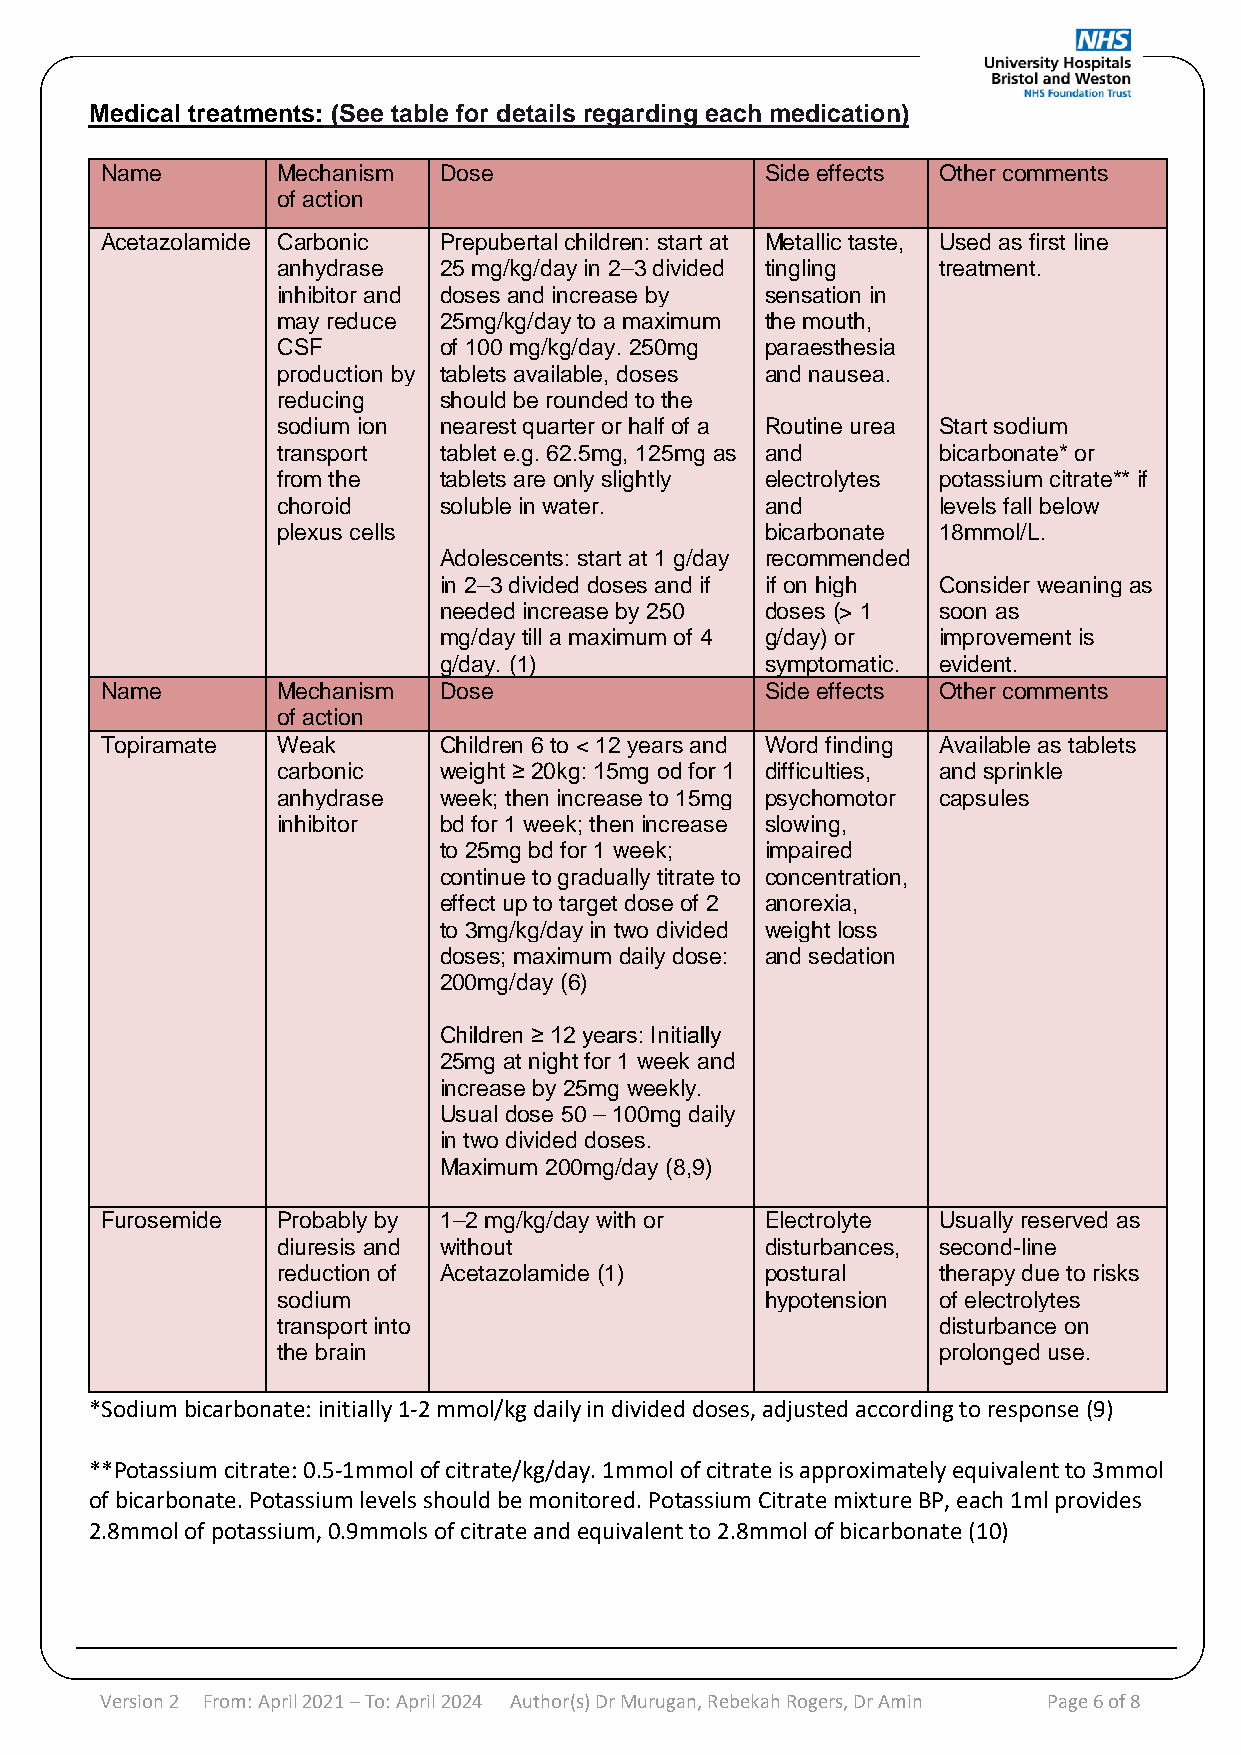
Medical treatments: (See table for details regarding each medication)
 Name       Mechanism  Dose                  Side effects Other comments
 of action
 Acetazolamide Carbonic Prepubertal children: start at Metallic taste, Used as first line
 anhydrase  25 mg/kg/day in 2–3 divided tingling treatment.
 inhibitor and doses and increase by sensation in
 may reduce 25mg/kg/day to a maximum the mouth,
 CSF        of 100 mg/kg/day. 250mg paraesthesia
 production by tablets available, doses and nausea.
 reducing   should be rounded to the
 sodium ion nearest quarter or half of a Routine urea Start sodium
 transport  tablet e.g. 62.5mg, 125mg as and bicarbonate* or
 from the   tablets are only slightly electrolytes potassium citrate** if
 choroid    soluble in water.     and        levels fall below
 plexus cells                     bicarbonate 18mmol/L.
 Adolescents: start at 1 g/day recommended
 in 2–3 divided doses and if if on high Consider weaning as
 needed increase by 250 doses (> 1 soon as
 mg/day till a maximum of 4 g/day) or improvement is
 g/day. (1)            symptomatic. evident.
 Name       Mechanism  Dose                  Side effects Other comments
 of action
 Topiramate Weak       Children 6 to < 12 years and Word finding Available as tablets
 carbonic   weight ≥ 20kg: 15mg od for 1 difficulties, and sprinkle
 anhydrase  week; then increase to 15mg psychomotor capsules
 inhibitor  bd for 1 week; then increase slowing,
 to 25mg bd for 1 week; impaired
 continue to gradually titrate to concentration,
 effect up to target dose of 2 anorexia,
 to 3mg/kg/day in two divided weight loss
 doses; maximum daily dose: and sedation
 200mg/day (6)
 Children ≥ 12 years: Initially
 25mg at night for 1 week and
 increase by 25mg weekly.
 Usual dose 50 – 100mg daily
 in two divided doses.
 Maximum 200mg/day (8,9)
 Furosemide Probably by 1–2 mg/kg/day with or Electrolyte Usually reserved as
 diuresis and without             disturbances, second-line
 reduction of Acetazolamide (1)   postural   therapy due to risks
 sodium                           hypotension of electrolytes
 transport into                              disturbance on
 the brain                                   prolonged use.
 *Sodium bicarbonate: initially 1-2 mmol/kg daily in divided doses, adjusted according to response (9)
 **Potassium citrate: 0.5-1mmol of citrate/kg/day. 1mmol of citrate is approximately equivalent to 3mmol
 of bicarbonate. Potassium levels should be monitored. Potassium Citrate mixture BP, each 1ml provides
 2.8mmol of potassium, 0.9mmols of citrate and equivalent to 2.8mmol of bicarbonate (10)
 Version 2 From: April 2021 – To: April 2024 Au thor(s) Dr Murugan, Rebekah Rogers, Dr Amin Page 6 of 8